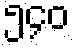
၅၄၀